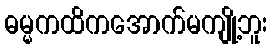
ဓမ္မကထိကအောက်မကျို့ဘူး